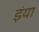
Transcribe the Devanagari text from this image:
इंया